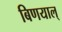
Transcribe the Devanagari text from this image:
बिणयाल्